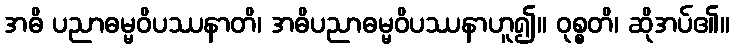
အဓိ ပညာဓမ္မဝိပဿနာတိ၊ အဓိပညာဓမ္မဝိပဿနာဟူ၍။ ဝုစ္စတိ၊ ဆိုအပ်၏။